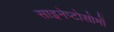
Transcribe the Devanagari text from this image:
साइनेप्टोसोमों